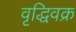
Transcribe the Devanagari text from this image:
वृद्धिवक्र